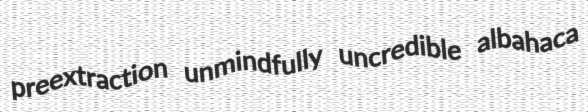
preextraction unmindfully uncredible albahaca